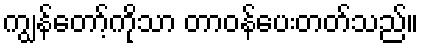
ကျွန်တော့်ကိုသာ တာဝန်ပေးတတ်သည်။